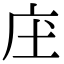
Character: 庒